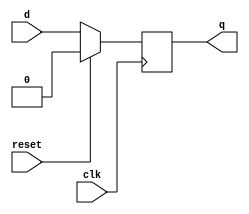
module d_flip_flop_with_sync_reset (
    input wire clk,
    input wire reset,
    input wire d,
    output reg q
);

always @(posedge clk) begin
    if (reset) begin
        q <= 0;
    end else begin
        q <= d;
    end
end

endmodule